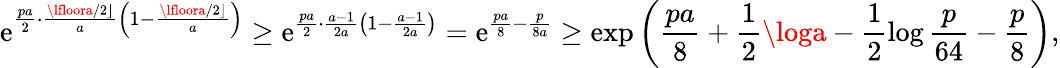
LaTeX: \mathrm{e}^{\frac{{pa}}{{2}}\cdot\frac{{\lfloora/2\rfloor}}{{a}}\left(1-\frac{{\lfloora/2\rfloor}}{{a}}\right)}\ge\mathrm{e}^{\frac{{pa}}{{2}}\cdot\frac{{a-1}}{{2a}}\left(1-\frac{{a-1}}{{2a}}\right)}=\mathrm{e}^{\frac{{pa}}{{8}}-\frac{{p}}{{8a}}}\ge\exp\left(\frac{{pa}}{{8}}+\frac{{1}}{{2}}\loga-\frac{{1}}{{2}}\log\frac{{p}}{{64}}-\frac{{p}}{{8}}\right),